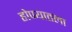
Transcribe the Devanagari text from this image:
होण्यातला